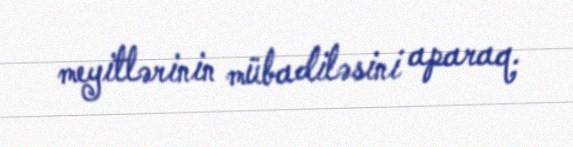
meyitlərinin mübadiləsini aparaq.